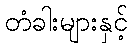
တံခါးများနှင့်